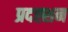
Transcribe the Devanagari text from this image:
प्रदह्शन